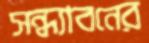
সন্ধ্যাবনের